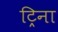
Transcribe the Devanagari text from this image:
ट्रिना